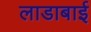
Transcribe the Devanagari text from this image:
लाडाबाई